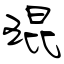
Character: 琨